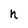
Character: h